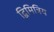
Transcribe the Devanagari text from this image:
द्विमित्रिय